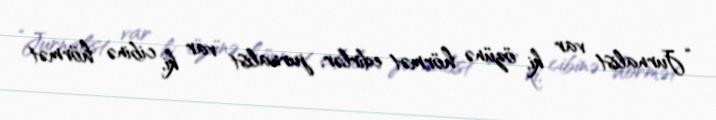
“Jurnalist var ki, özünə hörmət edirlər, jurnalist var ki, cibinə hörmət